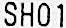
SH01